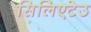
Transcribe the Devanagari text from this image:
सिलिएटेउ